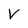
Character: V